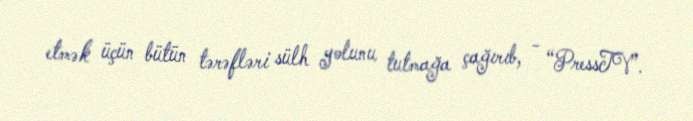
etmək üçün bütün tərəfləri sülh yolunu tutmağa çağırıb, - “PressTV”.